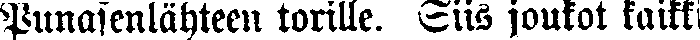
Punaisenlähteen torille. Siis joukot kaikki